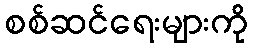
စစ်ဆင်ရေးများကို